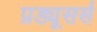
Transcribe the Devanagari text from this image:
प्रड्यूसर्स